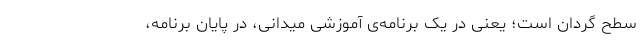
سطح گردان است؛ یعنی در یک برنامه‌ی آموزشی میدانی، در پایان برنامه‌،